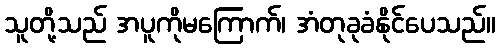
သူတို့သည် အပူကိုမကြောက်၊ အံတုခုခံနိုင်ပေသည်။